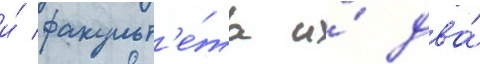
и́ факульт'е́та и́ два́